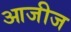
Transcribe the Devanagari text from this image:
आजीज